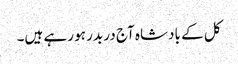
کل کے بادشاہ آج در بدر ہو رہے ہیں۔